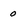
Character: o